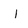
Character: i